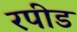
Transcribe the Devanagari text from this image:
रपीड